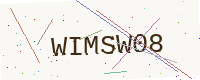
Text: WIMSW08